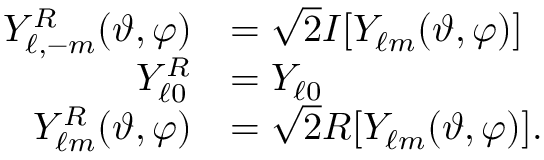
\begin{array} { r l } { Y _ { \ell , - m } ^ { \cal R } ( \vartheta , \varphi ) } & { = \sqrt { 2 } { \cal I } [ Y _ { \ell m } ( \vartheta , \varphi ) ] } \\ { Y _ { \ell 0 } ^ { \cal R } } & { = Y _ { \ell 0 } } \\ { Y _ { \ell m } ^ { \cal R } ( \vartheta , \varphi ) } & { = \sqrt { 2 } { \cal R } [ Y _ { \ell m } ( \vartheta , \varphi ) ] . } \end{array}